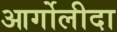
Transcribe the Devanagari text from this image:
आर्गोलीदा